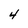
Character: 4